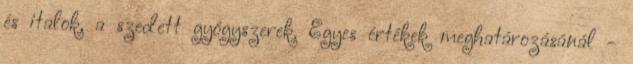
és italok, a szedett gyógyszerek. Egyes értékek meghatározásánál -